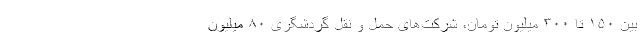
بین ۱۵۰ تا ۳۰۰ میلیون تومان، شرکت‌های حمل و نقل گردشگری ۸۰ میلیون